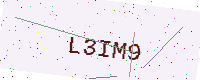
Text: L3IM9